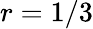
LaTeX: r=1/3